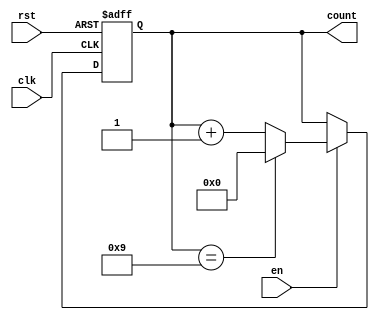
module BCD_Up_Counter (
    input wire clk,
    input wire rst,
    input wire en,
    output reg [3:0] count
);

always @(posedge clk or posedge rst) begin
    if (rst) begin
        count <= 4'b0000; // Reset to 0
    end
    else if (en) begin
        if (count == 4'b1001) begin
            count <= 4'b0000; // Wrap around to 0
        end
        else begin
            count <= count + 4'b0001; // Increment by 1
        end
    end
end

endmodule